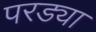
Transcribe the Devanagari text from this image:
परड्या